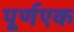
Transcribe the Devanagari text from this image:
पूर्णएक